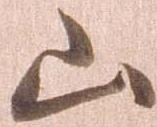
山